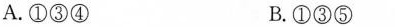
A.①③④ B.①③⑤